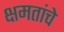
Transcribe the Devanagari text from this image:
क्षमतांचे